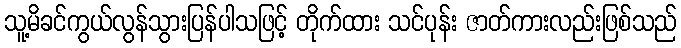
သူ့မိခင်ကွယ်လွန်သွားပြန်ပါသဖြင့် တိုက်ထား သင်ပုန်း ဇာတ်ကားလည်းဖြစ်သည်